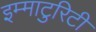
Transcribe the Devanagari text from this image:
इम्माटुरिटी